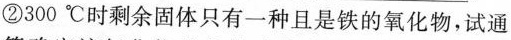
②300℃时剩余固体只有一种且是铁的氧化物，试通